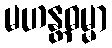
မဟန္တဓမ္မာ